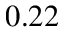
0 . 2 2